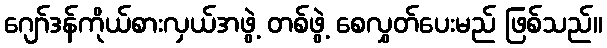
ဂျော်ဒန်ကိုယ်စားလှယ်အဖွဲ့ တစ်ဖွဲ့ စေလွှတ်ပေးမည် ဖြစ်သည်။